Vaccination United Provinces of Agra and Oudh 1914-1922 - 1914-1922
Year: 1914
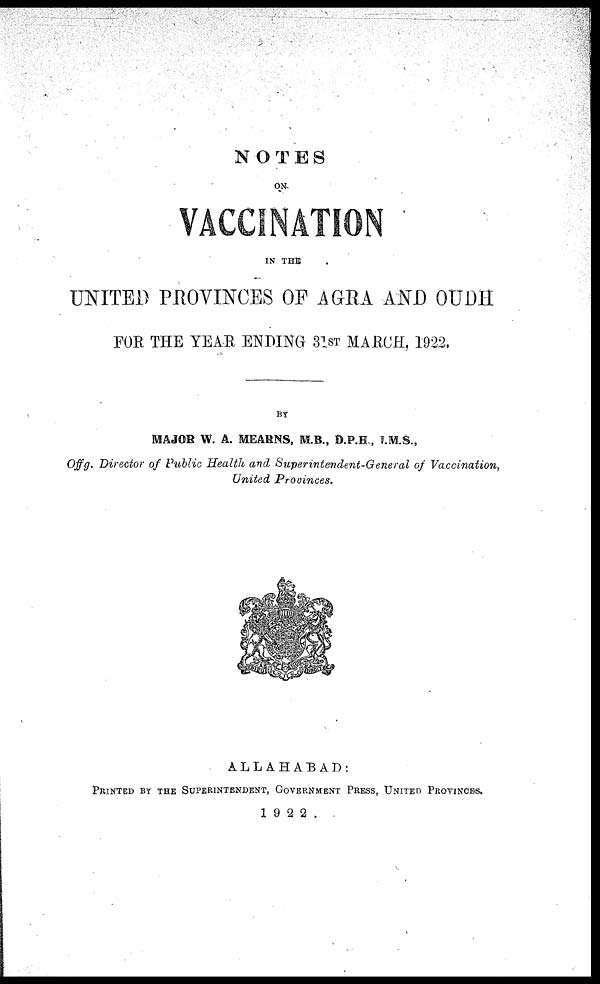
NOTES
ON
VACCINATION
IN THE
UNITED PROVINCES OF AGRA AND OUDH
FOR THE YEAR ENDING 31ST MARCH, 1922.
BY
MAJOR W. A. MEARNS, M.B., D.P.H., I.M.S.,
Offg. Director of Public Health and Superintendent-General
of
Vaccination,
United
Provinces.
ALLAHABAD:
PRINTED BY THE SUPERINTENDENT, GOVERNMENT PRESS, UNITED PROVINCES.
1922.